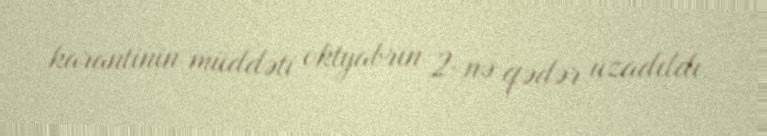
karantinin müddəti oktyabrın 2-nə qədər uzadıldı.